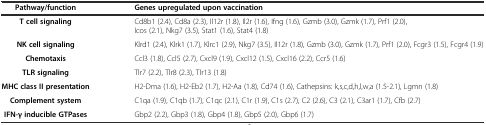
<table><thead><tr><td><b>Pathway/function</b></td><td><b>Genes upregulated upon vaccination</b></td></tr></thead><tbody><tr><td><b>T cell signaling</b></td><td>Cd8b1 (2.4), Cd8a (2.3), Il12r (1.8), Il2r (1.6), Ifng (1.6), Gzmb (3.0), Gzmk (1.7), Prf1 (2.0), Icos (2.1), Nkg7 (3.5), Stat1 (1.6), Stat4 (1.8)</td></tr><tr><td><b>NK cell signaling</b></td><td>Klrd1 (2.4), Klrk1 (1.7), Klrc1 (2.9), Nkg7 (3.5), Il12r (1.8), Gzmb (3.0), Gzmk (1.7), Prf1 (2.0), Fcgr3 (1.5), Fcgr4 (1.9)</td></tr><tr><td><b>Chemotaxis</b></td><td>Ccl3 (1.8), Ccl5 (2.7), Cxcl9 (1.9), Cxcl12 (1.5), Cxcl16 (2.2), Ccr5 (1.6)</td></tr><tr><td><b>TLR signaling</b></td><td>Tlr7 (2.2), Tlr8 (2.3), Tlr13 (1.8)</td></tr><tr><td><b>MHC class II presentation</b></td><td>H2-Dma (1.6), H2-Eb2 (1.7), H2-Aa (1.8), Cd74 (1.6), Cathepsins: k,s,c,d,h,l,w,a (1.5-2.1), Lgmn (1.8)</td></tr><tr><td><b>Complement system</b></td><td>C1qa (1.9), C1qb (1.7), C1qc (2.1), C1r (1.9), C1s (2.7), C2 (2.6), C3 (2.1), C3ar1 (1.7), Cfb (2.7)</td></tr><tr><td><b>IFN-γ inducible GTPases</b></td><td>Gbp2 (2.2), Gbp3 (1.8), Gbp4 (1.8), Gbp5 (2.0), Gbp6 (1.7)</td></tr></tbody></table>